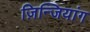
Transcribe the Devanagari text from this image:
ज़िन्जियांग